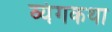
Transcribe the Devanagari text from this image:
व्यंगकथा